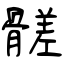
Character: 髊